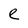
Character: e